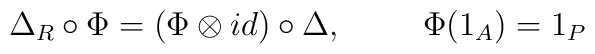
\Delta_{R} \circ \Phi = ( \Phi \otimes id) \circ \Delta ,\hspace{1cm} \Phi (1_{A}) = 1_{P}